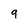
Character: 9